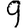
Digit: 9